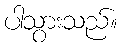
ပါသွားသည်။